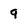
Character: 9